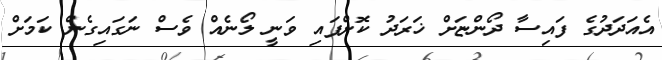
އެއަދަދުގެ ފައިސާ ދޯންޏަށް ޚަރަދު ކޮށްފައި ވަނީ ލޯނެއް ވެސް ނަގައިގެން ކަމަށް